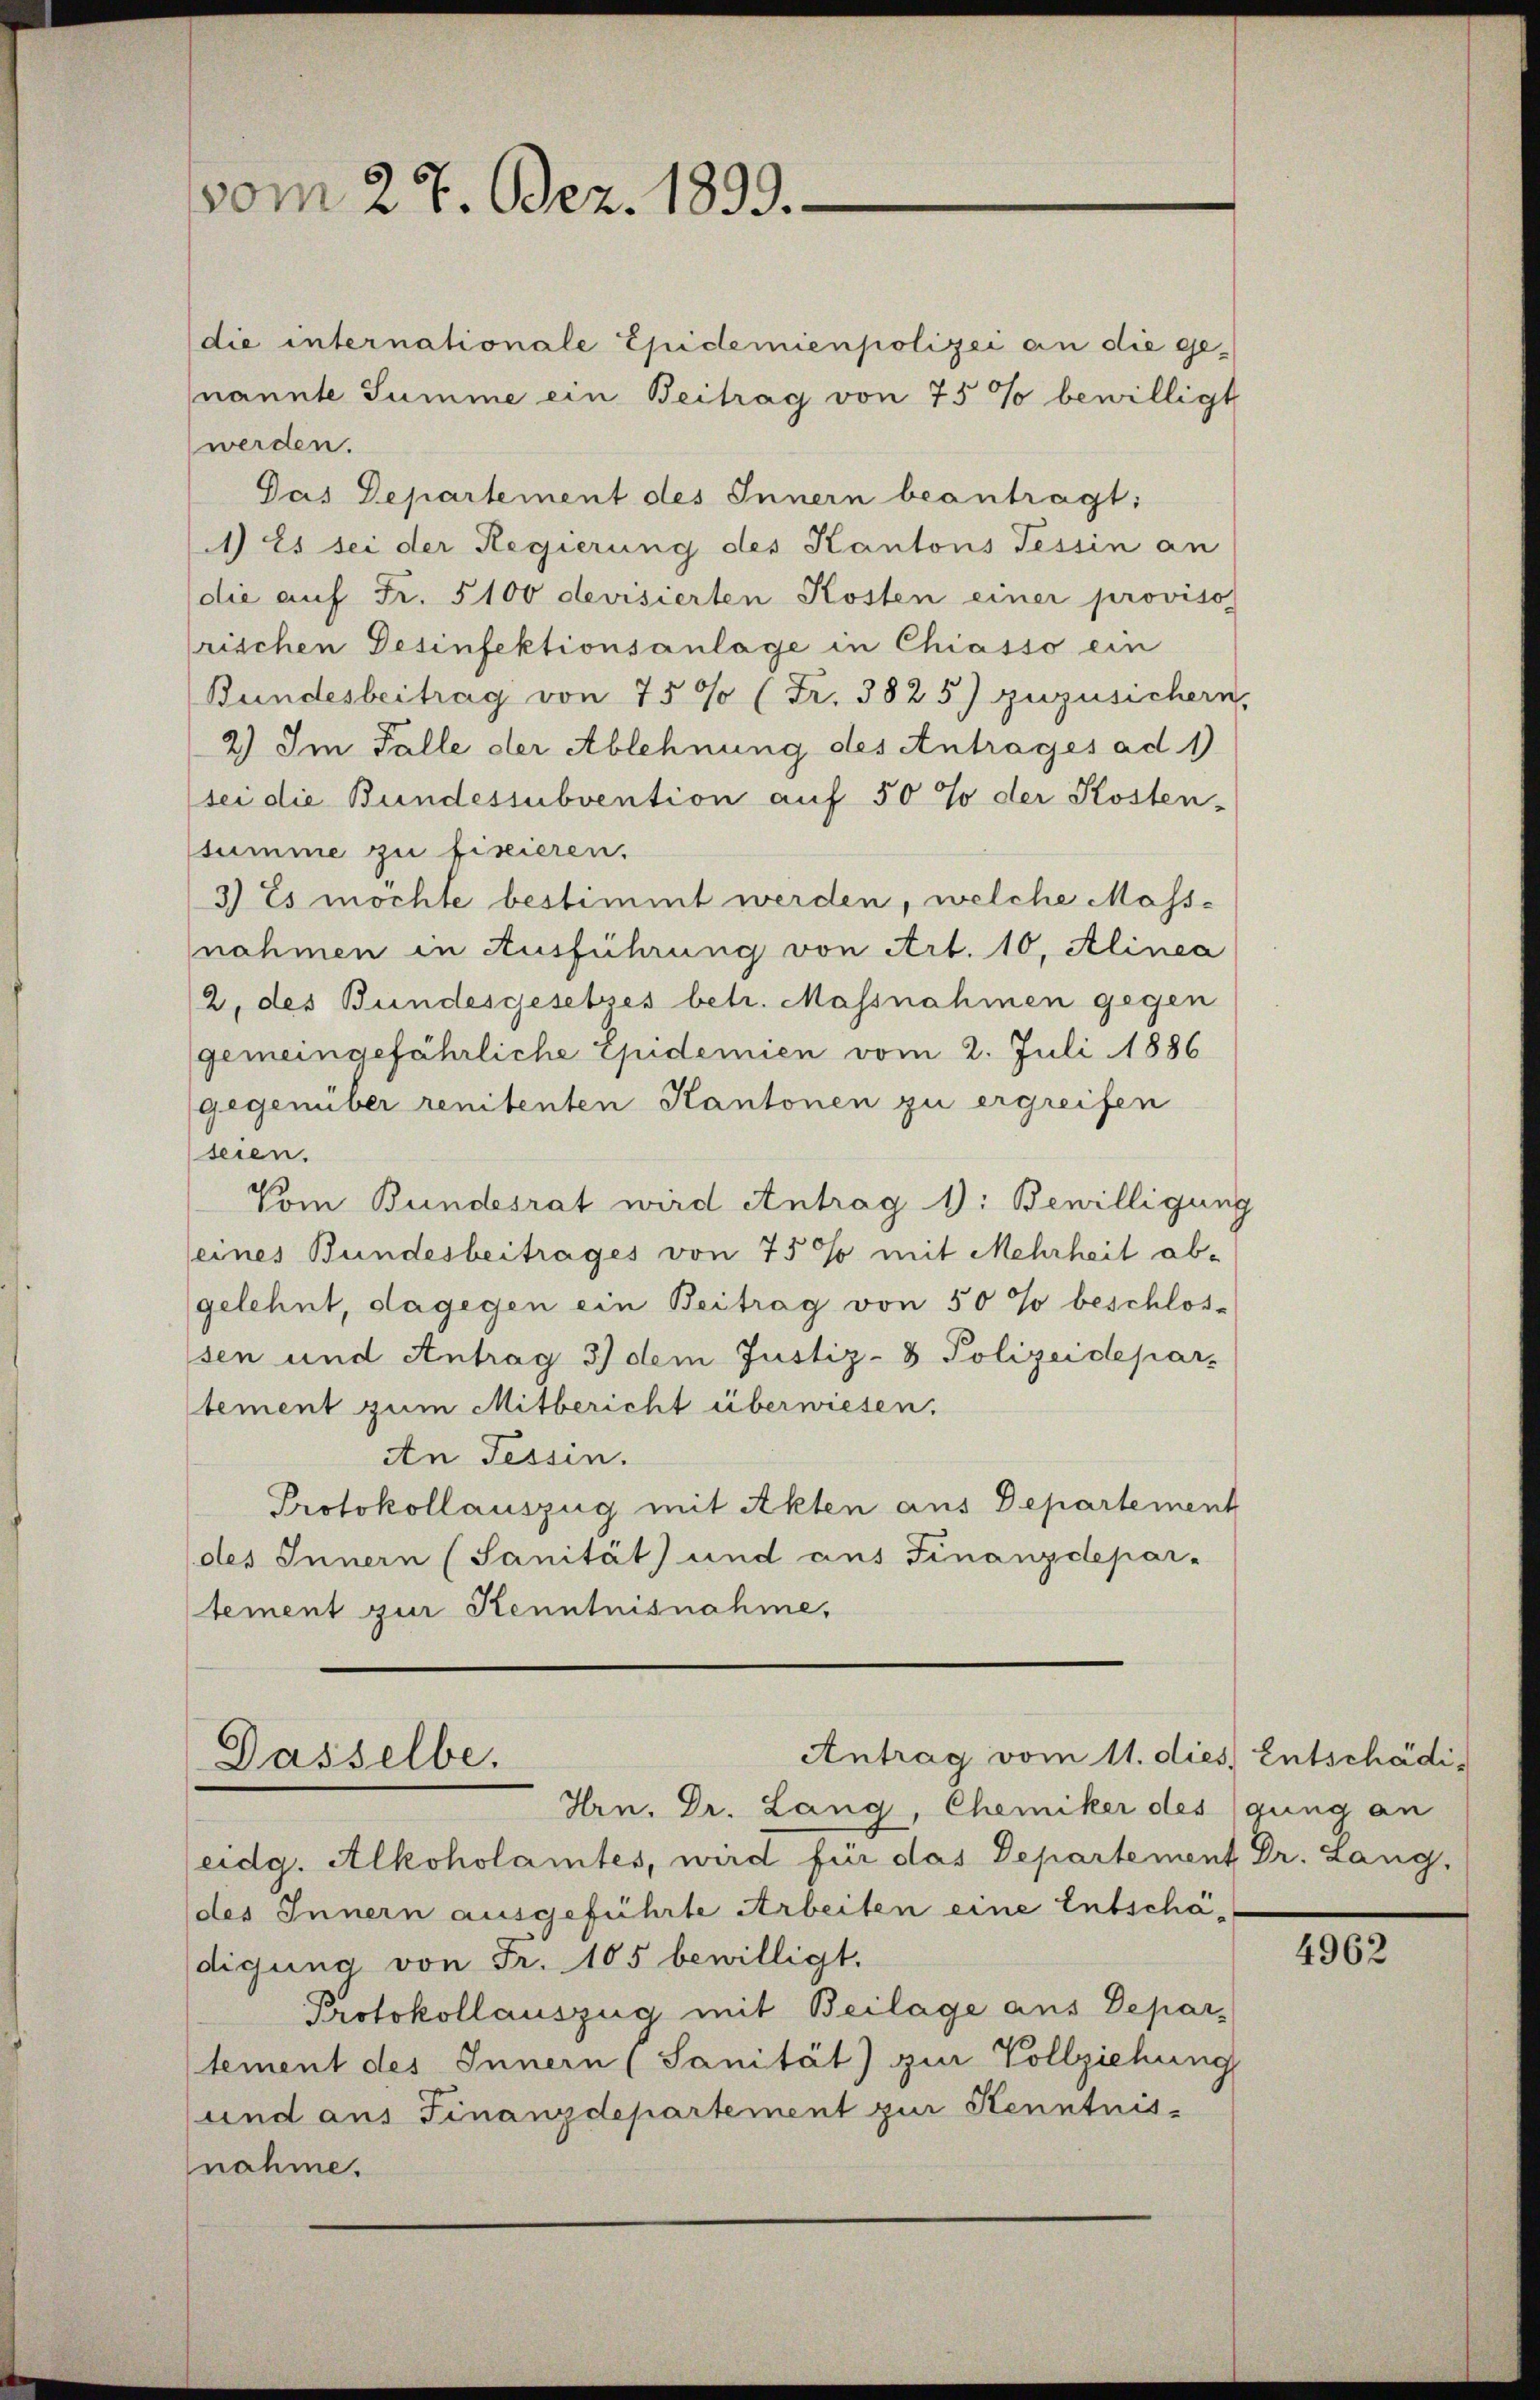
vom 27. Dez. 1899.

die internationale Epidemienpolizei an die genannte Summe ein Beitrag von 75 % bewilligt
werden.
Pas Departement des Innern beantragt:
1) Es sei der Regierung des Kantons Tessin an
die auf Fr. 5100 devisierten Kosten einer proviso
rischen Desinfektionsanlage in Chiasso ein
Bundesbeitrag von 7500 (Fr. 3825) zuzusichern,
2) Im Falle der Ablehnung des Antrages ad 1
sei die Bundessubvention auf 50% der Kosten-
stumme zu fixieren.
3.) Es möchte bestimmt werden, welche Mass-
nahmen in Ausführung von Art. 10, Alinea
2, des Bundesgesetzes betr. Massnahmen gegen
gemeingefährliche Epidemien vom 2. Juli 1886
gegenüber renitenten Kantonen zu ergreifen
seien.
Vom Bundesrat wird Antrag 1): Bewilligung
(eines Bundesbeitrages von 75% mit Mehrheit abgelehnt, dagegen ein Beitrag von 50% beschlos-
sen und Antrag 3) dem Justiz- & Polizeidepar-
tement zum Mitbericht überwiesen.
An Tessin.
Protokollauszug mit Akten aus Departement
(des Innern (Sanität und aus Finanzdepar-
tement zur Kenntnisnahme,

Antrag vom 11. dies Entschädi¬
Dasselbe.

Hrn. Dr. Lang, Chemiker des gung an
eidg. Alkoholamtes, wird für das Departement Dr. Lang,
des Innern ausgeführte Arbeiten eine Entschädigung von Fr. 105 bewilligt.
Protokollauszug mit Beilage aus Departement des Innern (Sanität) zur Vollziehung
und aus Finanzdepartement zur Kenntnisnahme.

4962